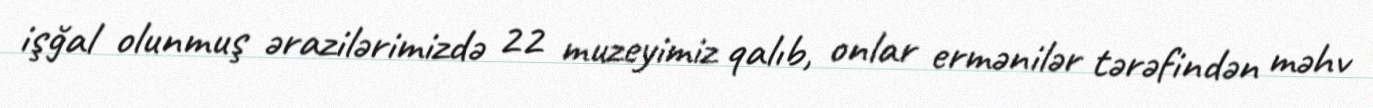
işğal olunmuş ərazilərimizdə 22 muzeyimiz qalıb, onlar ermənilər tərəfindən məhv